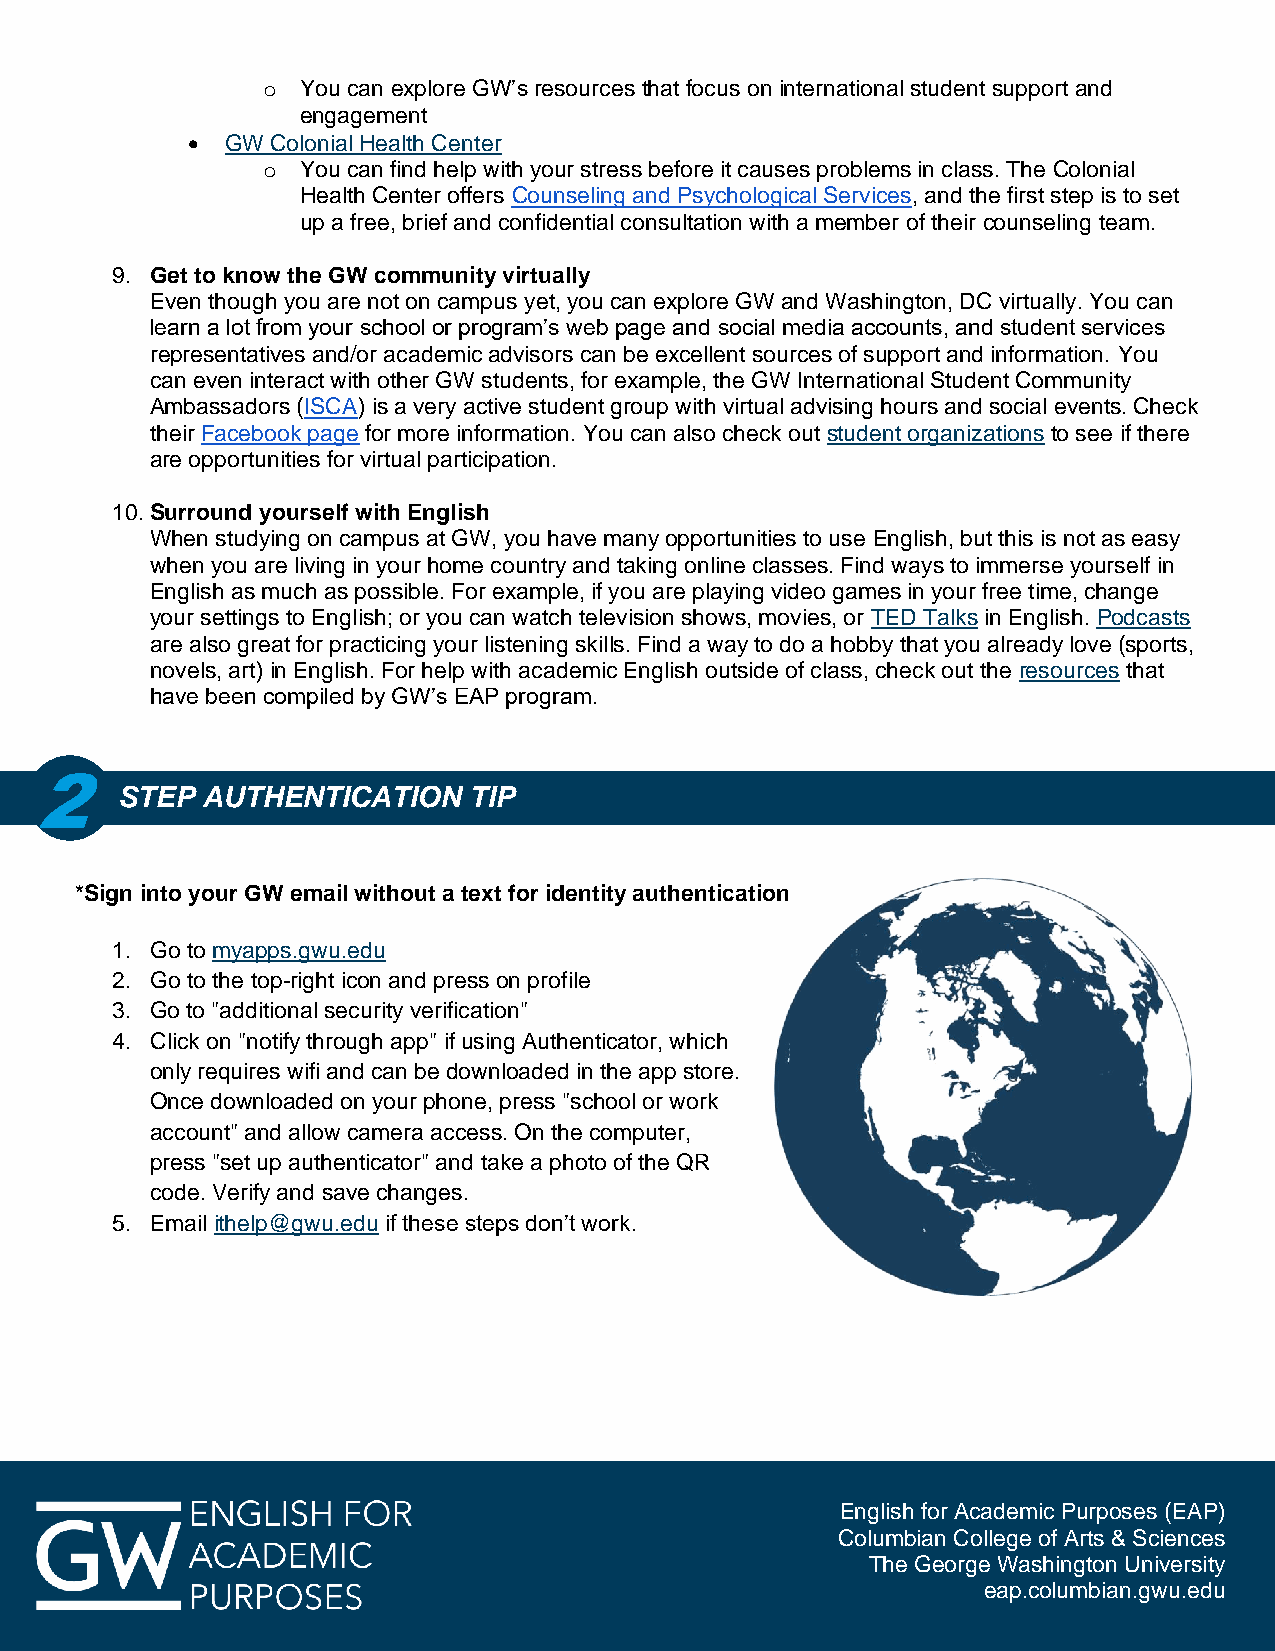
o  You can explore GW’s resources that focus on international student support and
 engagement
   GW Colonial Health Center
 o  You can find help with your stress before it causes problems in class. The Colonial
 Health Center offers Counseling and Psychological Services, and the first step is to set
 up a free, brief and confidential consultation with a member of their counseling team.
 9. Get to know the GW community virtually
 Even though you are not on campus yet, you can explore GW and Washington, DC virtually. You can
 learn a lot from your school or program’s web page and social media accounts, and student services
 representatives and/or academic advisors can be excellent sources of support and information. You
 can even interact with other GW students, for example, the GW International Student Community
 Ambassadors (ISCA) is a very active student group with virtual advising hours and social events. Check
 their Facebook page for more information. You can also check out student organizations to see if there
 are opportunities for virtual participation.
 10. Surround yourself with English
 When studying on campus at GW, you have many opportunities to use English, but this is not as easy
 when you are living in your home country and taking online classes. Find ways to immerse yourself in
 English as much as possible. For example, if you are playing video games in your free time, change
 your settings to English; or you can watch television shows, movies, or TED Talks in English. Podcasts
 are also great for practicing your listening skills. Find a way to do a hobby that you already love (sports,
 novels, art) in English. For help with academic English outside of class, check out the resources that
 have been compiled by GW’s EAP program.
 2
 STEP AUTHENTICATION    TIP
 *Sign into your GW email without a text for identity authentication
 1. Go to myapps.gwu.edu
 2. Go to the top-right icon and press on profile
 3. Go to "additional security verification"
 4. Click on "notify through app" if using Authenticator, which
 only requires wifi and can be downloaded in the app store.
 Once downloaded on your phone, press "school or work
 account" and allow camera access. On the computer,
 press "set up authenticator" and take a photo of the QR
 code. Verify and save changes.
 5. Email ithelp@gwu.edu if these steps don’t work.
 English for Academic Purposes (EAP)
 Columbian College of Arts & Sciences
 The George Washington University
 eap.columbian.gwu.edu